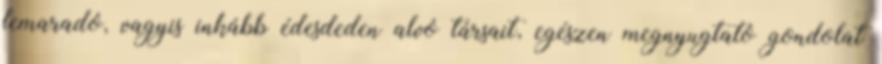
lemaradó, vagyis inkább édesdeden alvó társait, egészen megnyugtató gondolat